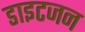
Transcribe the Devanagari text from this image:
डाइटजन